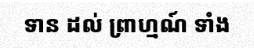
ទាន ដល់ ព្រាហ្មណ៍ ទាំង